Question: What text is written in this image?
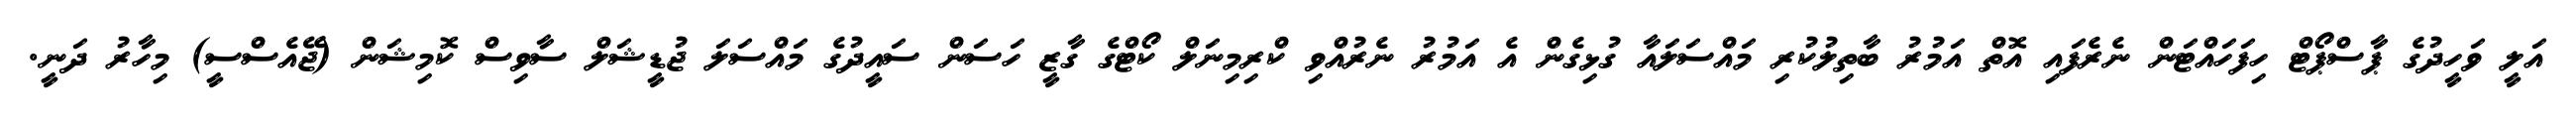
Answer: އަލީ ވަހީދުގެ ޕާސްޕޯޓް ހިފަހައްޓަން ނެރެފައި އޮތް އަމުރު ބާތިލުކުރި މައްސަލައާ ގުޅިގެން އެ އަމުރު ނެރުއްވި ކްރިމިނަލް ކޯޓްގެ ގާޒީ ހަސަން ސައީދުގެ މައްސަލަ ޖުޑީޝަލް ސާވިސް ކޮމިޝަން (ޖޭއެސްސީ) މިހާރު ދަނީ.